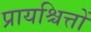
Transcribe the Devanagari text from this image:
प्रायश्चित्तों